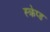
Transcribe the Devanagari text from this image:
स्क्रेप्ड